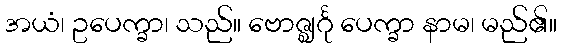
အယံ၊ ဥပေက္ခာ၊ သည်။ ဗောဇ္ဈင်္ဂု ပေက္ခာ နာမ၊ မည်၏။